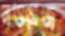
নওয়াজ